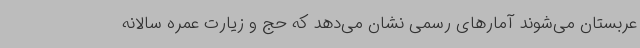
عربستان می‌شوند آمارهای رسمی نشان می‌دهد که حج و زیارت عمره سالانه